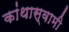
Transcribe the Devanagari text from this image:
कांथास्वामी